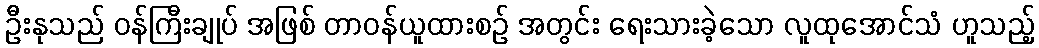
ဦးနုသည် ဝန်ကြီးချုပ် အဖြစ် တာဝန်ယူထားစဉ် အတွင်း ရေးသားခဲ့သော လူထုအောင်သံ ဟူသည့်